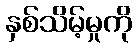
နှစ်သိမ့်မှုကို